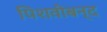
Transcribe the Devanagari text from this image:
पिशवीबन्द